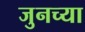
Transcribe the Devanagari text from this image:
जुनच्या